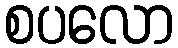
စပလော